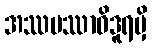
အဿမဿာဝိဒူရမှိ